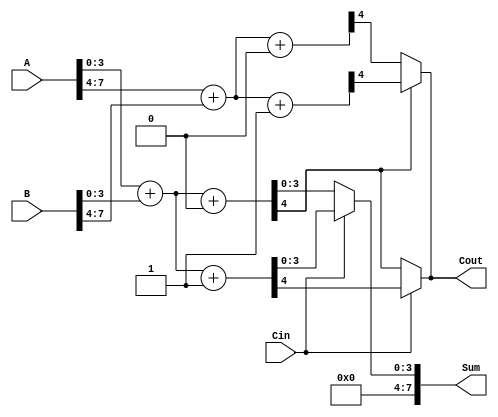
module CarrySelectAdder #(parameter N = 8, parameter K = 4) (
    input  [N-1:0] A,      // First n-bit input
    input  [N-1:0] B,      // Second n-bit input
    input  Cin,            // Carry input
    output [N-1:0] Sum,    // Sum output
    output Cout            // Carry output
);

    // Number of segments
    localparam NUM_SEGMENTS = N / K;

    // Intermediate signals
    wire [K-1:0] Sum0 [0:NUM_SEGMENTS-1]; // Sums assuming carry-in = 0
    wire [K-1:0] Sum1 [0:NUM_SEGMENTS-1]; // Sums assuming carry-in = 1
    wire Cout0 [0:NUM_SEGMENTS-1];         // Carry out assuming carry-in = 0
    wire Cout1 [0:NUM_SEGMENTS-1];         // Carry out assuming carry-in = 1
    wire [NUM_SEGMENTS-1:0] Carry;         // Carry signals for multiplexing

    // Generate the segments
    genvar i;
    generate
        for (i = 0; i < NUM_SEGMENTS; i = i + 1) begin : segment
            // Segment inputs
            wire [K-1:0] A_seg = A[K*i +: K];
            wire [K-1:0] B_seg = B[K*i +: K];

            // Adders for carry in = 0
            assign {Cout0[i], Sum0[i]} = A_seg + B_seg + 1'b0;

            // Adders for carry in = 1
            assign {Cout1[i], Sum1[i]} = A_seg + B_seg + 1'b1;
        end
    endgenerate

    // Carry selection logic
    generate
        for (i = 0; i < NUM_SEGMENTS; i = i + 1) begin : carry_select
            if (i == 0) begin
                // For the first segment, use the input carry
                assign Carry[i] = Cin;
            end else begin
                // For subsequent segments, use the carry from the previous segment
                assign Carry[i] = Cout0[i-1];
            end
        end
    endgenerate

    // Final sum and carry out
    assign Sum = (Carry[0] ? Sum1[0] : Sum0[0]);
    assign Cout = (Carry[0] ? Cout1[0] : Cout0[0]);

    generate
        for (i = 1; i < NUM_SEGMENTS; i = i + 1) begin : final_sum
            assign Sum[K*i +: K] = (Carry[i] ? Sum1[i] : Sum0[i]);
            assign Cout = (Carry[i] ? Cout1[i] : Cout0[i]);
        end
    endgenerate

endmodule